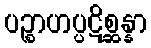
ပဉ္စာဟပ္ပဋိစ္ဆန္နာ